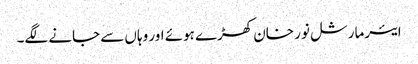
ایئرمارشل نور خان کھڑے ہوئے اور وہاں سے جانے لگے۔